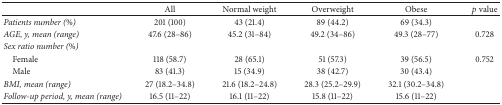
<table><thead><tr><td><b> </b></td><td><b>All</b></td><td><b>Normal weight</b></td><td><b>Overweight</b></td><td><b>Obese</b></td><td><b><i>p</i> value</b></td></tr></thead><tbody><tr><td><i>Patients number (%)</i></td><td>201 (100)</td><td>43 (21.4)</td><td>89 (44.2)</td><td>69 (34.3)</td><td> </td></tr><tr><td><i>AGE, y, mean (range)</i></td><td>47.6 (28–86)</td><td>45.2 (31–84)</td><td>49.2 (34–86)</td><td>49.3 (28–77)</td><td>0.728</td></tr><tr><td><i>Sex ratio number (%)</i></td><td> </td><td> </td><td> </td><td> </td><td> </td></tr><tr><td> Female</td><td>118 (58.7)</td><td>28 (65.1)</td><td>51 (57.3)</td><td>39 (56.5)</td><td>0.752</td></tr><tr><td> Male</td><td>83 (41.3)</td><td>15 (34.9)</td><td>38 (42.7)</td><td>30 (43.4)</td><td> </td></tr><tr><td><i>BMI, mean (range)</i></td><td>27 (18.2–34.8)</td><td>21.6 (18.2–24.8)</td><td>28.3 (25.2–29.9)</td><td>32.1 (30.2–34.8)</td><td> </td></tr><tr><td><i>Follow-up period, y, mean (range)</i></td><td>16.5 (11–22)</td><td>16.1 (11–22)</td><td>15.8 (11–22)</td><td>15.6 (11–22)</td><td> </td></tr></tbody></table>